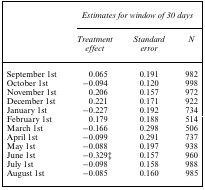
<table><thead><tr><td></td><td colspan="3"><b><i>Estimates for window of 30 days</i></b></td></tr><tr><td></td><td><b><i>Treatment effect</i></b></td><td><b><i>Standard error</i></b></td><td><b><i>N</i></b></td></tr></thead><tbody><tr><td>September 1st</td><td>0.065</td><td>0.191</td><td>982</td></tr><tr><td>October 1st</td><td>−0.094</td><td>0.120</td><td>998</td></tr><tr><td>November 1st</td><td>0.206</td><td>0.157</td><td>972</td></tr><tr><td>December 1st</td><td>0.221</td><td>0.171</td><td>922</td></tr><tr><td>January 1st</td><td>−0.227</td><td>0.192</td><td>734</td></tr><tr><td>February 1st</td><td>0.179</td><td>0.188</td><td>514</td></tr><tr><td>March 1st</td><td>−0.166</td><td>0.298</td><td>506</td></tr><tr><td>April 1st</td><td>−0.099</td><td>0.291</td><td>737</td></tr><tr><td>May 1st</td><td>−0.088</td><td>0.197</td><td>938</td></tr><tr><td>June 1st</td><td>−0.329‡</td><td>0.157</td><td>960</td></tr><tr><td>July 1st</td><td>−0.098</td><td>0.158</td><td>988</td></tr><tr><td>August 1st</td><td>−0.085</td><td>0.160</td><td>985</td></tr></tbody></table>